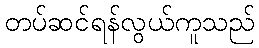
တပ်ဆင်ရန်လွယ်ကူသည်